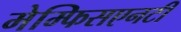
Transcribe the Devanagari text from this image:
मेम्फिसएनटी